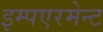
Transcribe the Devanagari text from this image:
इम्पएरमेन्ट